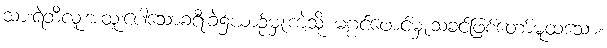
သားရဲဘီလူးအထူးပေါသောခရီးခဲ၌ယာဉ်မှူးကဲ့သို့ မဂ္ဂင်ဖောင်မှူးသခင်ဖြစ်တော်မူထသော။